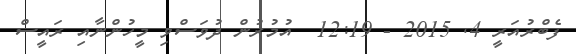
ފެބްރުއަރީ 4